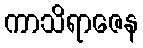
ကာသိရာဇေန